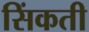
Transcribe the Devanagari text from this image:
सिंकती